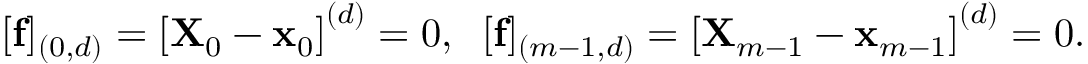
\begin{array} { r } { [ \mathbf { f } ] _ { ( 0 , d ) } = \left[ \mathbf { X } _ { 0 } - \mathbf { x } _ { 0 } \right] ^ { ( d ) } = 0 , \; \; [ \mathbf { f } ] _ { ( m - 1 , d ) } = \left[ \mathbf { X } _ { m - 1 } - \mathbf { x } _ { m - 1 } \right] ^ { ( d ) } = 0 . } \end{array}